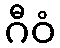
ဂီဝံ